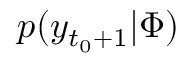
p ( y _ { t _ { 0 } + 1 } | \Phi )